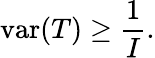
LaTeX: \operatorname{var}(T)\geq{\frac{1}{I}}.